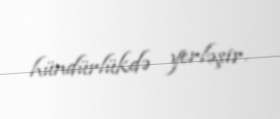
hündürlükdə yerləşir.